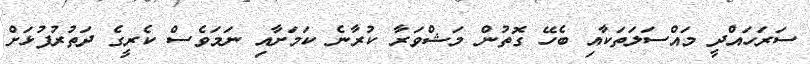
ސަރަހައްދީ މައްސަލަތަކާއި ބެހޭ ގޮތުން މަޝްވަރާ ކުރާނެ ކަމަށާއި ނަމަވެސް ކެރީގެ ދަތުރުފުޅަށް